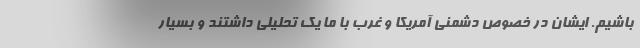
باشیم. ایشان در خصوص دشمنی آمریکا و غرب با ما یک تحلیلی داشتند و بسیار